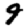
Digit: 9